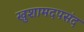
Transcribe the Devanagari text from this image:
खुशामदपसंद